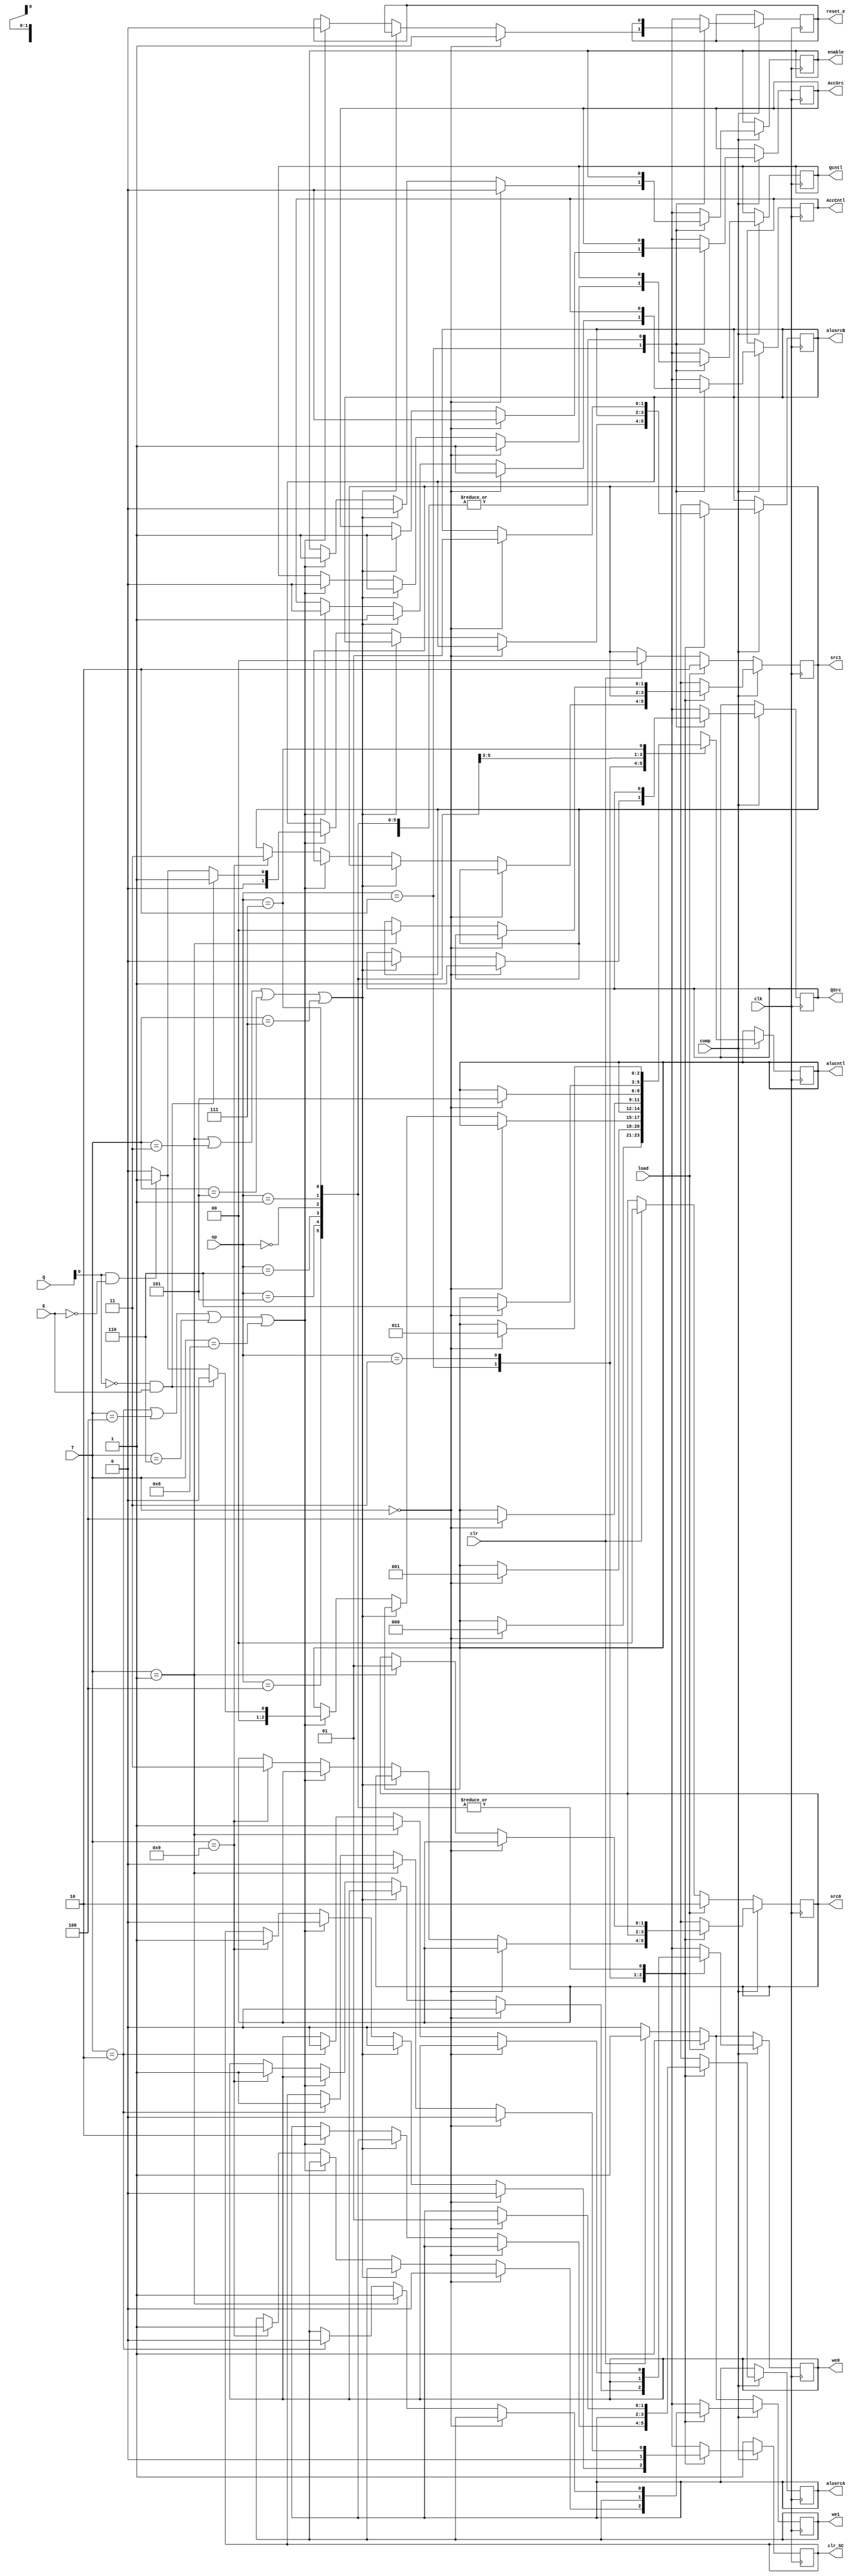
module controller(clk, T, op, comp, E, clr, load, src0, src1, we0, we1, alusrcA, alusrcB,
alucntl, AccSrc, QSrc, AccCntl, Qcntl, enable, clr_SC, Q, reset_e);

input comp, clr, load, clk;
output reg reset_e, enable;
input E;
input [3:0] Q;
input [2:0] op;
input [3:0] T;
output reg we0, we1, AccSrc, QSrc, AccCntl, Qcntl, clr_SC;
output reg [1:0] src0, src1, alusrcA, alusrcB;
output reg [2:0] alucntl;



always @(posedge clk) begin
	if (comp) begin
		case (op)
			3'b000: begin
				if( T == 0 ) begin
					alucntl = 3'b000;
					alusrcA = 2'b01;
					alusrcB = 2'b01;
					clr_SC = 0;
				end else if ( T == 1) begin
					src0 = 2'b01;
					src1 = 2'b00;
					clr_SC = 0;
					we0 = 1;
					we1 = 1;
				end else if ( T == 2 ) begin
					we0 = 0;
					we1 = 0;
					clr_SC = 1;
				end
			end
			3'b001: begin
				if( T == 0 ) begin
					alucntl = 3'b001;
					alusrcA = 2'b01;
					alusrcB = 2'b01;
					clr_SC = 0;
				end else if ( T == 1) begin
					src0 = 2'b01;
					src1 = 2'b00;
					clr_SC = 0;
					we0 = 1;
					we1 = 1;
				end else if ( T == 2 ) begin
					we0 = 0;
					we1 = 0;
					clr_SC = 1;
				end
			end
			3'b010: begin
				if ( T == 0) begin
					AccSrc = 0;
					AccCntl = 1;
					Qcntl = 1;
					QSrc = 1;
					clr_SC = 0;
					reset_e = 1;
					enable = 0;
					we0 = 0;
					we1 = 0;
				end else if ( T == 1 || T == 3 || T == 5 || T == 7 ) begin
						AccSrc = 1;
						AccCntl = 1;
						Qcntl = 1;
						QSrc = 0;
						clr_SC = 0;
						enable = 0;
					
				end else if ( T == 2 || T == 4 || T == 6 || T == 8) begin
					if ( Q[0] == 1'b0 && E == 1'b1 ) begin
						reset_e = 0;
						alusrcA = 2'b10;
						alusrcB = 2'b01;
						alucntl = 3'b000;
					end else if ( Q[0] == 1'b1 && E == 1'b0 ) begin
						reset_e = 0;
						alusrcA = 2'b10;
						alusrcB = 2'b01;
						alucntl = 3'b001;
					end else begin
						reset_e = 0;
						alusrcA = 2'b10;
						alusrcB = 2'b00;
						alucntl = 3'b000;
					end
					AccCntl = 0;
					Qcntl = 0;
					clr_SC = 0;
					enable = 1;
				end else if ( T == 9 ) begin
					src0 = 2'b11;
					src1 = 2'b11;
					clr_SC = 1;
					we0 = 1;
					we1 = 1;
				end
			end
			3'b011: begin
			clr_SC = 0;
			end
			3'b100: begin
				if( T == 0 ) begin
					alucntl = 3'b100;
					alusrcA = 2'b01;
					alusrcB = 2'b01;
					clr_SC = 0;
				end else if ( T == 1) begin
					src0 = 2'b01;
					src1 = 2'b00;
					clr_SC = 0;
					we0 = 1;
					we1 = 1;
				end else if ( T == 2 ) begin
					we0 = 0;
					we1 = 0;
					clr_SC = 1;
				end
			end
			3'b101: begin
				if( T == 0 ) begin
					alucntl = 3'b101;
					alusrcA = 2'b01;
					alusrcB = 2'b01;
					clr_SC = 0;
					
				end else if ( T == 1) begin
					src0 = 2'b01;
					src1 = 2'b00;
					clr_SC = 0;
					we0 = 1;
					we1 = 1;
				end else if ( T == 2 ) begin
					we0 = 0;
					we1 = 0;
					clr_SC = 1;
				end
			end
			3'b110: begin
				if( T == 0 ) begin
					alucntl = 3'b110;
					alusrcA = 2'b01;
					alusrcB = 2'b01;
					clr_SC = 0;
				end else if ( T == 1) begin
					src0 = 2'b01;
					src1 = 2'b00;
					clr_SC = 0;
					we0 = 1;
					we1 = 1;
				end else if ( T == 2 ) begin
					we0 = 0;
					we1 = 0;
					clr_SC = 1;
				end
			end
			3'b111: begin
				if( T == 0 ) begin
					alucntl = 3'b011;
					alusrcA = 2'b01;
					alusrcB = 2'b01;
					clr_SC = 0;
				end else if ( T == 1) begin
					src0 = 2'b01;
					src1 = 2'b00;
					clr_SC = 0;
					we0 = 1;
					we1 = 1;
				end else if ( T == 2 ) begin
					we0 = 0;
					we1 = 0;
					clr_SC = 1;
				end
			end
	
		endcase
	
	end else begin
		if (load) begin
			src0 = 2'b10;
			src1 = 2'b10;
			we0 = 1;
			we1 = 1;
			clr_SC = 1;
		end else begin
			if ( clr ) begin
				src0 = 2'b00;
				src1 = 2'b00;
				we0 = 1;
				we1 = 1;
				clr_SC = 1;
			end else begin
				we1 = 0;
				we0 = 0;
				clr_SC = 1;
			end
		end
	end
end

endmodule